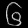
Digit: ၆